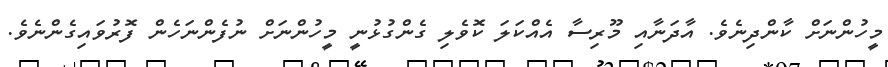
މީހުންނަށް ކާންދިނެވެ. އާދަނާއި މޫރިސާ އެއްކަލަ ކޮވެލި ގެންގުޅުނީ މީހުންނަށް ނުފެންނަހެން ފޮރުވައިގެންނެވެ.